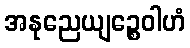
အနုညေယျဉ္စေဝါဟံ